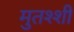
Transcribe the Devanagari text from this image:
मुतश्शी